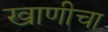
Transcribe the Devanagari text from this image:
खाणीचा